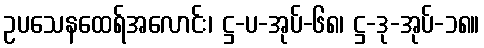
ဥပသေနထေရ်အလောင်း၊ ဋ္ဌ-ပ-အုပ်-၆၈၊ ဋ္ဌ-ဒု-အုပ်-၁၈။